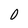
Character: 0